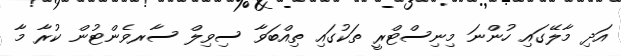
އަދި މާލޭގައި ހުންނަ މިނިސްޓްރީ ތަކުގައި ތިއްބަވާ ސިވިލް ސާރވެންޓުން ކުރާ މާ